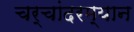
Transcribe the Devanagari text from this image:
चर्चांदरम्यान